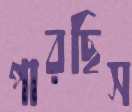
পারছিস